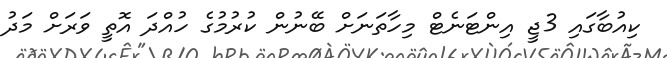
ކިއުބާގައި 3ޖީ އިންޓަނެޓް މިހާތަނަށް ބޭނުން ކުރުމުގެ ހުއްދަ އޮތީ ވަރަށް މަދު